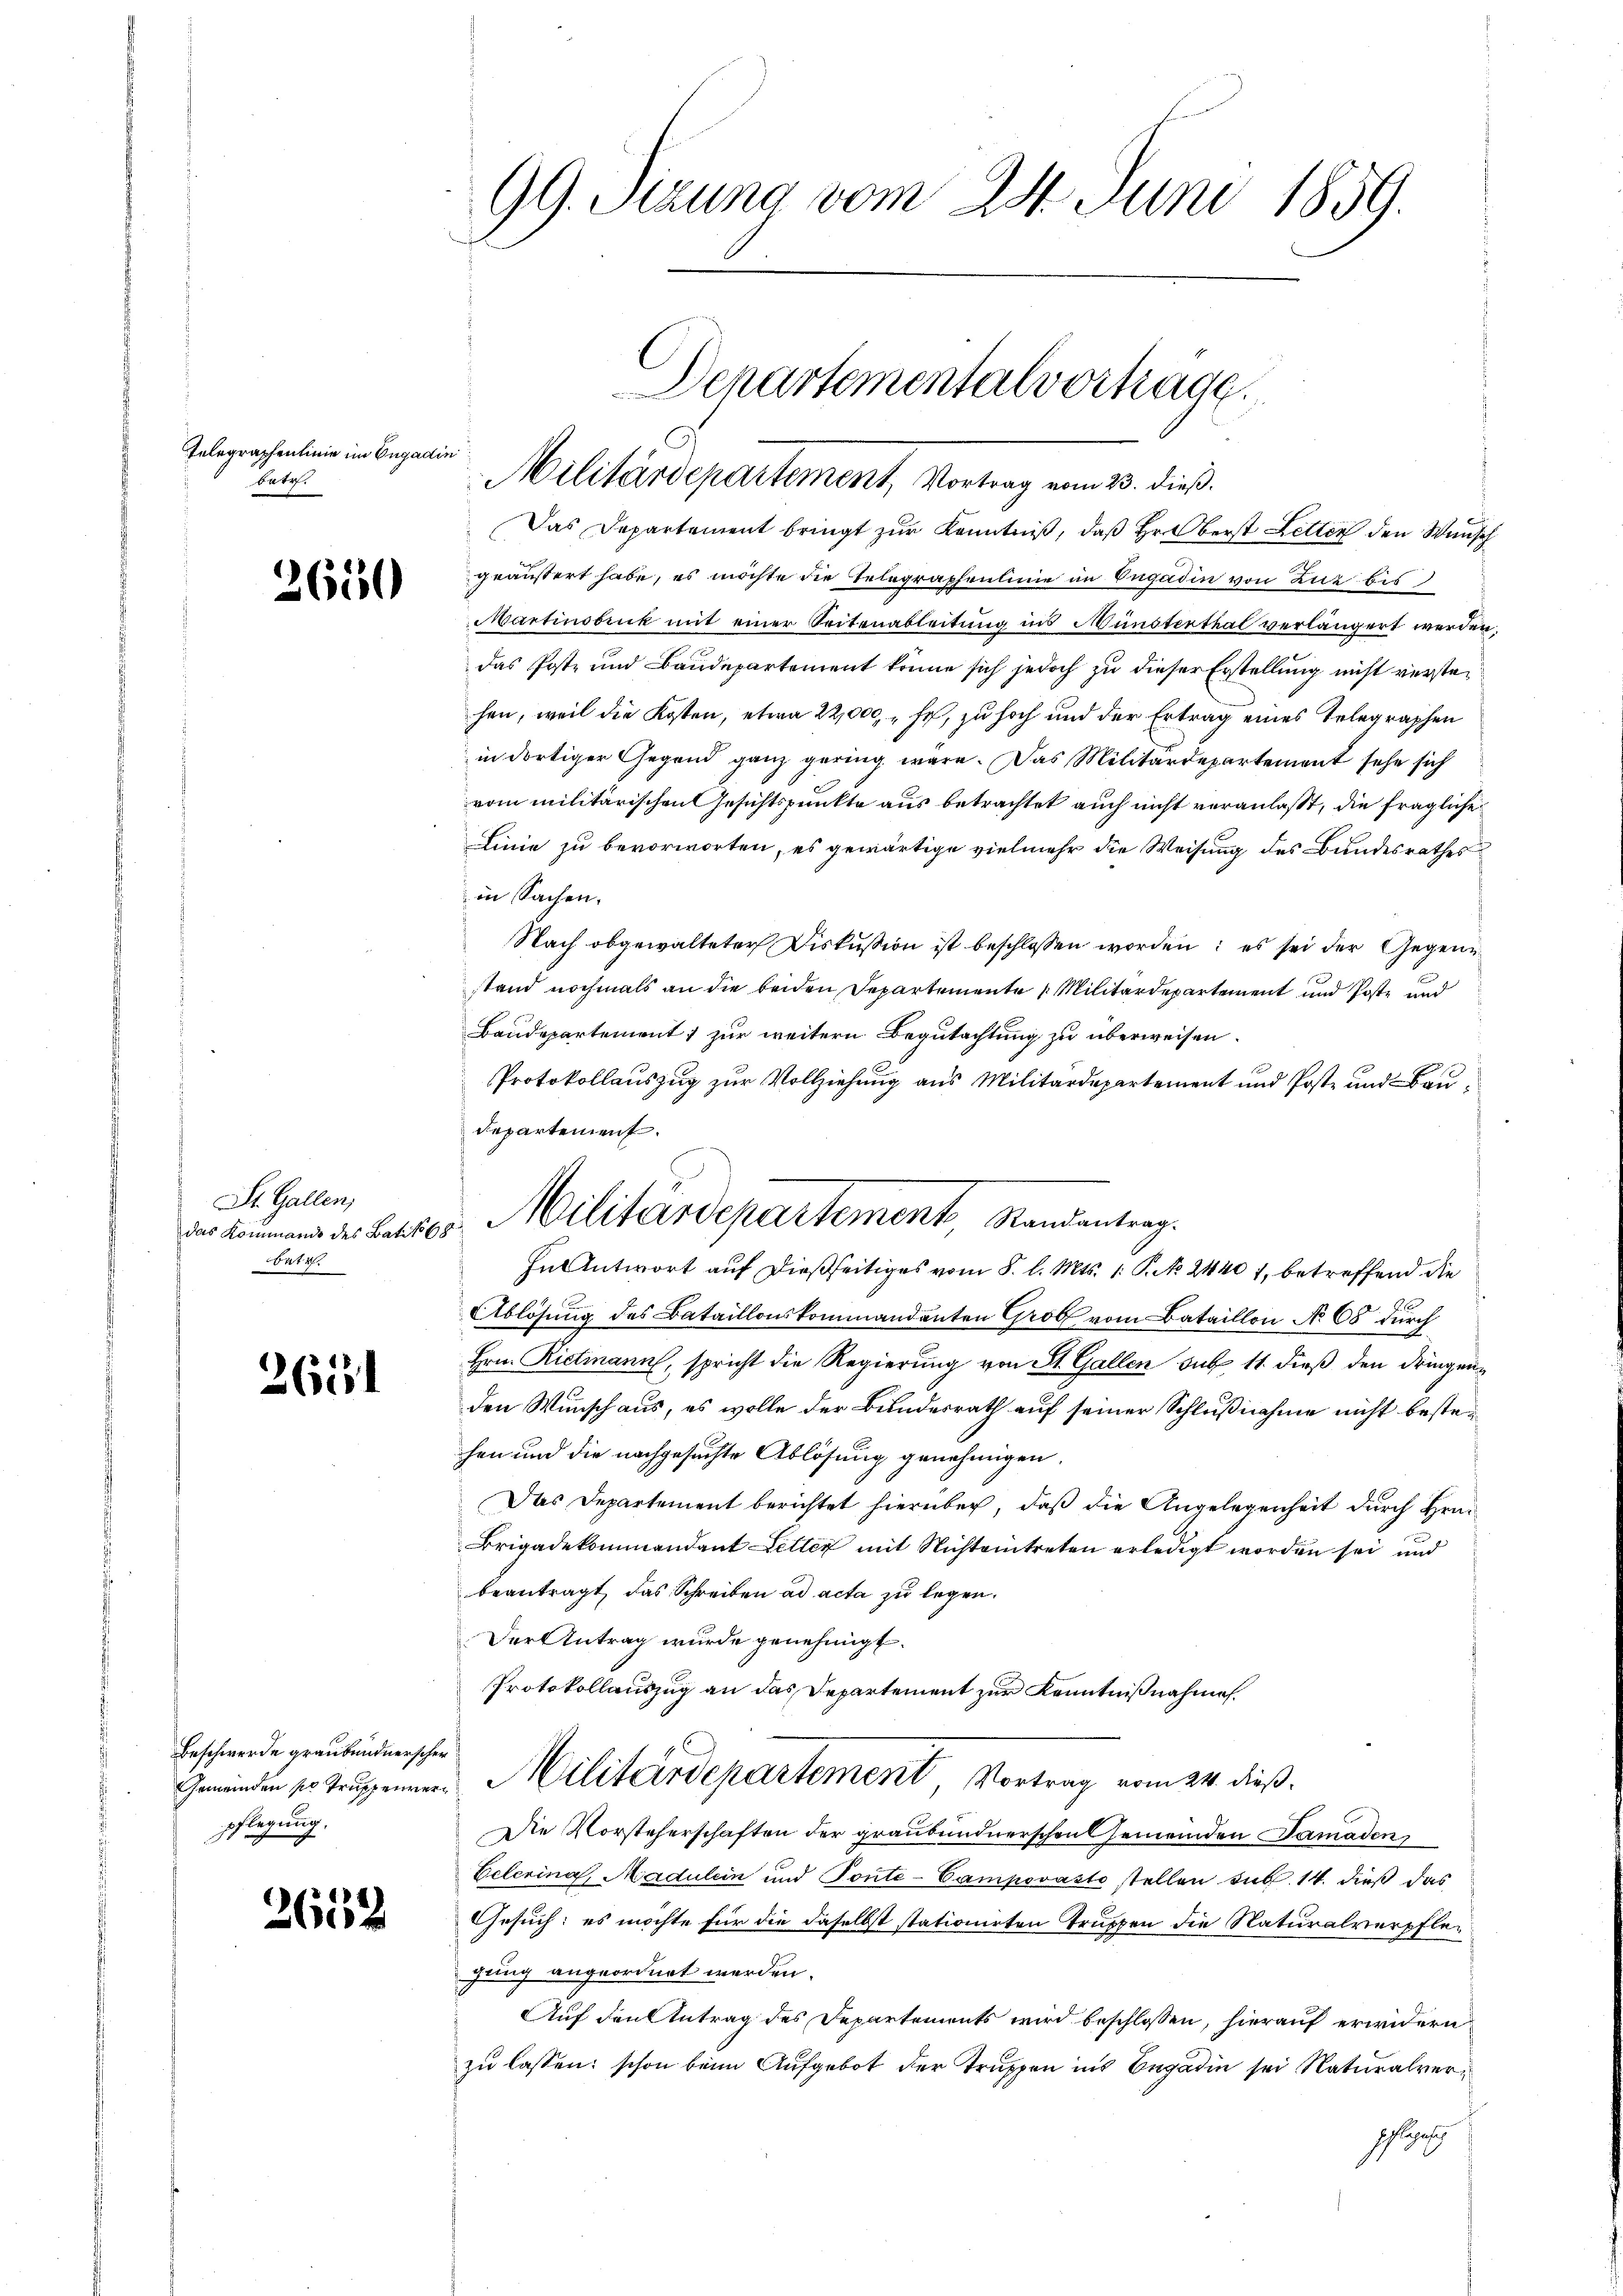
Telegraphenlinie im Engadin
betr.

2650

St. Gallen,
das Kommande des Batik b
bete

2611

Beschwerde graubündnerscher
pflegung.

2652

Das Departement bringt zur Kenntniß, daß Hr. Oberst Letten den Wunsch
geäußert habe, es möchte die Telegraphenlinie in Engadin von Zur bis
Martinsbruk mit einer Seitenableitung ins Münsterthal verlängert werden,
das Post- und Baudepartement könne sich jedoch zu dieser Erstellung nicht verstehen, weil die Kosten, etwa 22,000, „ fr, zu hoch und der Ertrag eines Telegraphen
in dortiger Gegend ganz gering wäre. Das Militärdepartement sehe sich
vom militärischen Gesichtspunkte aus betrachtet auch nicht veranlaßt, die fragliche
Linie zu bevorworten, es gewärtige vielmehr die Weisung des Bundesrathes
in Sachen.
Nach obgewalteter Diskussion ist beschlossen worden; es sei der Gegenstand nochmals an die beiden Departemente Militärdepartement und Poste und
Baudepartement zur weitern Begutachtung zu überweisen.
Protokollauszug zur Vollziehung aus Militärdepartement und Post- und Baudepartement.
In Antwort auf dießseitiges vom 8. l. Mts. 1. P. No. 2440 7, betreffend die
Ablösung des Bataillonskommandanten Grob vom Bataillon No 68 durch
Hrn. Rietmann, spricht die Regierung von St. Gallen sub 11 dieß den dringenden Wunsch aus, es wolle der Bundesrath auf seiner Schlußnahme nicht bestehen und die nachgesuchte Ablösung genehmigen.
Das Departement berichtet hierüber, daß die Angelegenheit durch Hrn.
Brigadekommandant Leller mit Nichteintreten erledigt worden sei und
beantragt, das Schreiben ad acta zu legen.
Der Antrag wurde genehmigt.
Protokollauszug an das Departement zur Kenntnißnahme.
Granden er Truppen Militärdepartement Vortrag vom 24. dieß.
Die Vorsteherschaften der graubündnerschen Gemenden Samaden
Eelerina, Madulein und Ponte-Campovásto stellen sub. 14. dieß das
Gesuch: es möchte für die daselbst stationirten Truppen die Naturalverpflegung angeordnet werden.
Auf den Antrag des Departements wird beschlossen, hierauf erwidern
zu lassen; schon beim Aufgebot der Truppen ins Engadin sei Naturalverschlag

99. Sitzung vom 24. Juni 1859.

Departementalvortrage
Militärdepartement, Vortrag vom 23. dieß.

Militärdepartement Randantrag.